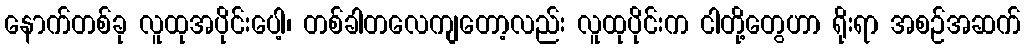
နောက်တစ်ခု လူထုအပိုင်းပေါ့၊ တစ်ခါတလေကျတော့လည်း လူထုပိုင်းက ငါတို့တွေဟာ ရိုးရာ အစဉ်အဆက်